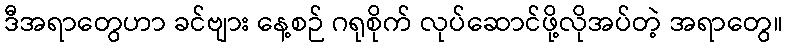
ဒီအရာတွေဟာ ခင်ဗျား နေ့စဉ် ဂရုစိုက် လုပ်ဆောင်ဖို့လိုအပ်တဲ့ အရာတွေ။